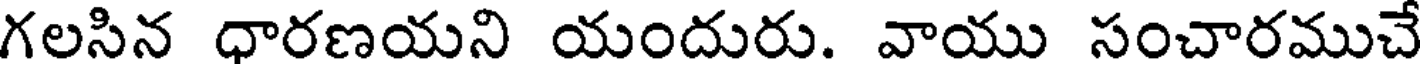
గలసిన ధారణయని యందురు. వాయు సంచారముచే